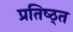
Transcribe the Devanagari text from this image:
प्रतिष्ठ्त